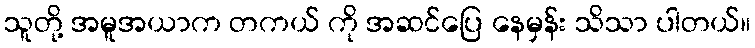
သူတို့ အမူအယာက တကယ် ကို အဆင်ပြေ နေမှန်း သိသာ ပါတယ်။